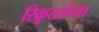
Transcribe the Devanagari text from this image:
रिक्रूटर्सच्या